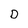
Character: D